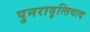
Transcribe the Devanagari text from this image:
पुनरावृत्‍तिवाद